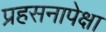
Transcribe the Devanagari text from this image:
प्रहसनापेक्षा